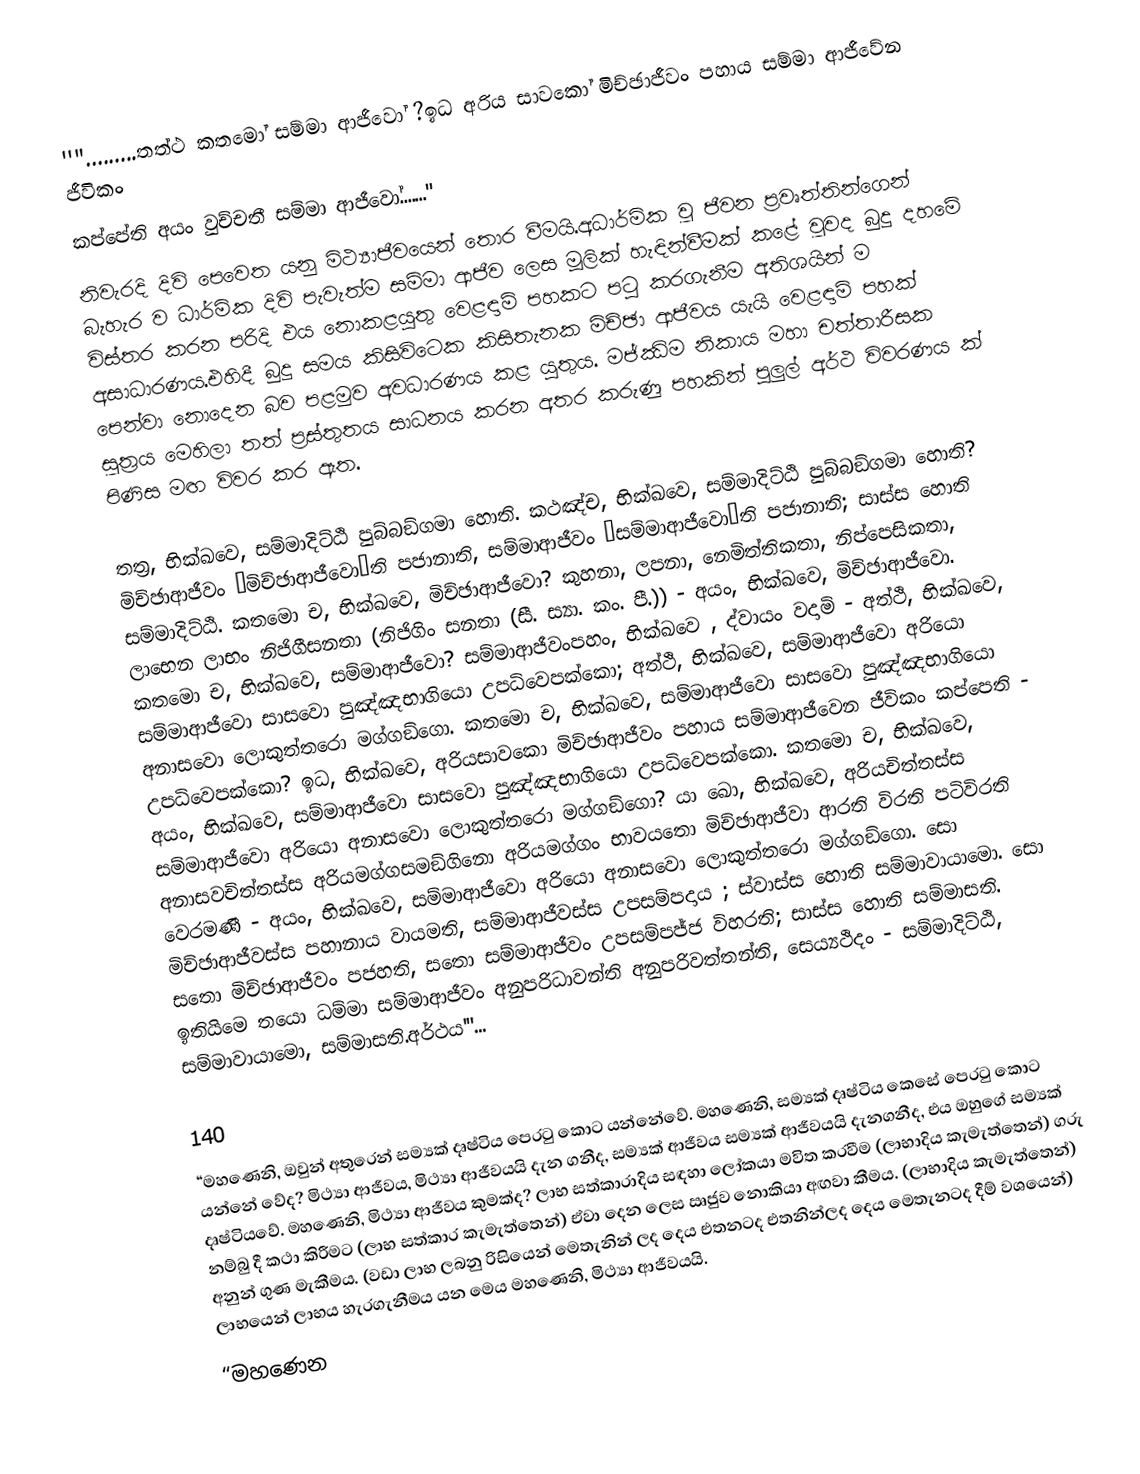
''".........තත්ථ කතමෝ සම්මා ආජීවෝ ?ඉධ අරිය සාවකෝ මිච්ඡාජීවං පහාය සම්මා ආජීවේන ජීවිකං
කප්පේති අයං වුච්චතී සම්මා ආජීවෝ......."
නිවැරදි දිවි පෙවෙත යනු මිථ්‍යාජීවයෙන් තොර වීමයි.අධාර්මික වූ ජීවන ප්‍රවෘත්තින්ගෙන් බැහැර ව ධාර්මික දිවි පැවැත්ම සම්මා ආජීව ලෙස මූලික් හැඳින්වීමක් කළේ වූවද බුදු දහමේ විස්තර කරන පරිදි එය නොකළයුතු වෙළඳාම් පහකට පටු කරගැනීම අතිශයින් ම අසාධාරණය.එහිදී බුදු සමය කිසිවිටෙක කිසිතැනක මිච්ඡා ආජීවය යැයි වෙළඳාම් පහක් පෙන්වා නොදෙන බව පළමුව අවධාරණය කළ යුතුය. මජ්ඣිම නිකාය මහා චත්තාරීසක සූත්‍රය මෙහිලා තත් ප්‍රස්තුතය සාධනය කරන අතර කරුණු පහකින් පුලුල් අර්ථ විවරණය ක් පිණිස මඟ විවර කර ඇත.

තත්‍ර, භික්ඛවෙ, සම්මාදිට්ඨි පුබ්බඞ්ගමා හොති. කථඤ්ච, භික්ඛවෙ, සම්මාදිට්ඨි පුබ්බඞ්ගමා හොති? මිච්ඡාආජීවං ‘මිච්ඡාආජීවො’ති පජානාති, සම්මාආජීවං ‘සම්මාආජීවො’ති පජානාති; සාස්ස හොති සම්මාදිට්ඨි. කතමො ච, භික්ඛවෙ, මිච්ඡාආජීවො? කුහනා, ලපනා, නෙමිත්තිකතා, නිප්පෙසිකතා, ලාභෙන ලාභං නිජිගීසනතා (නිජිගිං සනතා (සී. ස්‍යා. කං. පී.)) - අයං, භික්ඛවෙ, මිච්ඡාආජීවො. කතමො ච, භික්ඛවෙ, සම්මාආජීවො? සම්මාආජීවංපහං, භික්ඛවෙ , ද්වායං වදාමි - අත්ථි, භික්ඛවෙ, සම්මාආජීවො සාසවො පුඤ්ඤභාගියො උපධිවෙපක්කො; අත්ථි, භික්ඛවෙ, සම්මාආජීවො අරියො අනාසවො ලොකුත්තරො මග්ගඞ්ගො. කතමො ච, භික්ඛවෙ, සම්මාආජීවො සාසවො පුඤ්ඤභාගියො උපධිවෙපක්කො? ඉධ, භික්ඛවෙ, අරියසාවකො මිච්ඡාආජීවං පහාය සම්මාආජීවෙන ජීවිකං කප්පෙති - අයං, භික්ඛවෙ, සම්මාආජීවො සාසවො පුඤ්ඤභාගියො උපධිවෙපක්කො. කතමො ච, භික්ඛවෙ, සම්මාආජීවො අරියො අනාසවො ලොකුත්තරො මග්ගඞ්ගො? යා ඛො, භික්ඛවෙ, අරියචිත්තස්ස අනාසවචිත්තස්ස අරියමග්ගසමඞ්ගිනො අරියමග්ගං භාවයතො මිච්ඡාආජීවා ආරති විරති පටිවිරති වෙරමණී - අයං, භික්ඛවෙ, සම්මාආජීවො අරියො අනාසවො ලොකුත්තරො මග්ගඞ්ගො. සො මිච්ඡාආජීවස්ස පහානාය වායමති, සම්මාආජීවස්ස උපසම්පදාය ; ස්වාස්ස හොති සම්මාවායාමො. සො සතො මිච්ඡාආජීවං පජහති, සතො සම්මාආජීවං උපසම්පජ්ජ විහරති; සාස්ස හොති සම්මාසති. ඉතියිමෙ තයො ධම්මා සම්මාආජීවං අනුපරිධාවන්ති අනුපරිවත්තන්ති, සෙය්‍යථිදං - සම්මාදිට්ඨි, සම්මාවායාමො, සම්මාසති.අර්ථය'''...

140
“මහණෙනි, ඔවුන් අතුරෙන් සම්‍යක් දෘෂ්ටිය පෙරටු කොට යන්නේවේ. මහණෙනි, සම්‍යක් දෘෂ්ටිය කෙසේ පෙරටු කොට යන්නේ වේද? මිථ්‍යා ආජීවය, මිථ්‍යා ආජීවයයි දැන ගනීද, සම්‍යක් ආජීවය සම්‍යක් ආජීවයයි දැනගනීද, එය ඔහුගේ සම්‍යක් දෘෂ්ටියවේ. මහණෙනි, මිථ්‍යා ආජීවය කුමක්ද? ලාභ සත්කාරාදිය සඳහා ලෝකයා මවිත කරවීම (ලාභාදිය කැමැත්තෙන්) ගරු නම්බු දී කථා කිරීමට (ලාභ සත්කාර කැමැත්තෙන්) ඒවා දෙන ලෙස ඍජුව නොකියා අඟවා කීමය. (ලාභාදිය කැමැත්තෙන්) අනුන් ගුණ මැකීමය. (වඩා ලාභ ලබනු රිසියෙන් මෙතැනින් ලද දෙය එතනටද එතනින්ලද දෙය මෙතැනටද දීම් වශයෙන්) ලාභයෙන් ලාභය හැරගැනීමය යන මෙය මහණෙනි, මිථ්‍යා ආජීවයයි.
“මහණෙන